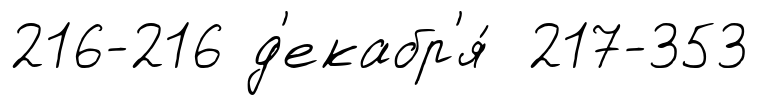
216-216 д'екабр'я́ 217-353